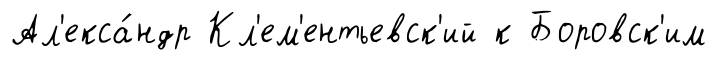
Ал'екса́ндр Кл'ем'ентьевск'ий к Боровск'им